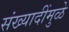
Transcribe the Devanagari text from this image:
संख्यादींमुळे